Annual returns of the Patna Lunatic Asylum at Bankipore in Bihar and Orissa - 1912-1924
Year: 1912
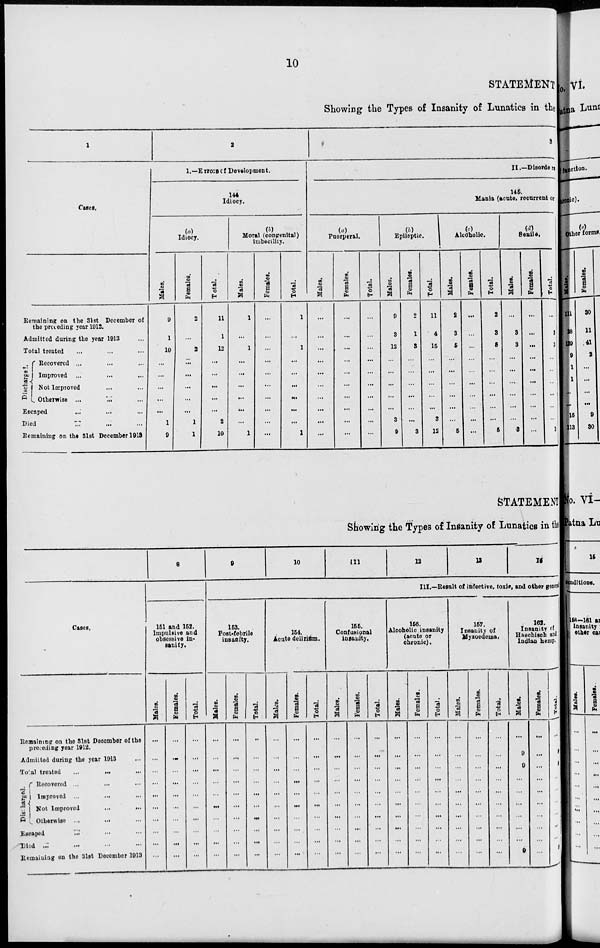
10
STATEMENT
Showing the Types of Insanity of Lunatics in the
1
Cases.
Remaining on the 31st December of
the proceding year 1912.
Admitted during the year 1913
Total treated ... ... ...
Dicharged.
Recovered ... ... ...
Improved ... ... ...
Not Improved ... ... ...
Otherwise ... ... ...
Escaped ... ... ...
Died ... ... ...
Remaining on the 31st December 1913
2
1.—Errors of Development.
144
Idiocy.
(a)
Idiocy.
Males.
9
1
10
...
...
...
...
...
1
9
Females.
2
...
2
...
...
...
...
...
1
1
Total.
11
1
12
...
...
...
...
...
2
10
(b)
Moral (congenital)
Imbecility.
Males.
1
...
1
...
...
...
...
...
...
1
Females.
...
...
...
...
...
...
...
...
...
...
Total.
1
...
1
...
...
...
...
...
...
1
3
II.—Disorder
146.
Mania (acute, recurrent or
(a)
Puerperal.
Males.
...
...
...
...
...
...
...
...
...
...
Females.
...
...
...
...
...
...
...
...
...
...
Total.
...
...
...
...
...
...
...
...
...
...
(b)
Epileptic.
Males.
9
3
12
...
...
...
...
...
3
9
Females.
2
1
3
...
...
...
...
...
...
3
Total.
11
4
15
...
...
...
...
...
3
12
(c)
Alcoholic.
Males.
2
3
5
...
...
...
...
...
...
5
Females.
...
...
...
...
...
...
...
...
...
...
Total.
2
3
5
...
...
...
...
...
...
5
(d)
Senile.
Males.
...
3
3
...
...
...
...
...
...
3
Females.
...
...
...
...
...
...
...
...
...
Total.
...
3
3
...
...
...
...
...
...
3
STATEMENT
Showing the Types of Insanity of Lunatics in t he
Cases.
Remaining on the 31st December of the
proceding year 1912.
Admitted during the year 1943 ...
Totol treated ... ... ...
Discharged.
Recovered ...
Improved ...
Not Improved ...
Otherwise ...
Escaped ... ... ...
Died ... ... ...
Remaining on the 31st December 1913
8
151 and 152.
Impulsive and
obsessive in¬
sanity.
Males.
...
...
...
...
...
...
...
...
...
...
Females.
...
...
...
...
...
...
...
...
...
...
Total.
...
...
...
...
...
...
...
...
...
...
9
10
11
12
13
14
III.—Result of infective, toxic, and other general
153.
Post-febrile
insanity.
Males.
...
...
...
...
...
...
...
...
...
...
Females.
...
...
...
...
...
...
...
...
...
...
Total.
...
...
...
...
...
...
...
...
...
...
154.
Acute delirium.
Males.
...
...
...
...
...
...
...
...
...
...
Females.
...
...
...
...
...
...
...
...
...
...
Total.
...
...
...
...
...
...
...
...
...
...
155.
Confusional
insanity.
Males.
...
...
...
...
...
...
...
...
...
...
Females.
...
...
...
...
...
...
...
...
...
...
Total.
...
...
...
...
...
...
...
...
...
...
156.
Alcoholic insanity
(acute or
chronic).
Males.
...
...
...
...
...
...
...
...
...
...
Females.
...
...
...
...
...
...
...
...
...
...
Total.
...
...
...
...
...
...
...
...
...
...
157.
Insanity of
Myxoedema.
Males.
...
...
...
...
...
...
...
...
...
...
Females.
...
...
...
...
...
...
...
...
...
...
Total.
...
...
...
...
...
...
...
...
...
...
162.
Insanity of
Haschisch and
Indian hemp.
Males.
...
9
9
...
...
...
...
...
...
9
Females.
...
...
...
...
...
...
...
...
...
...
Total.
...
9
9
...
...
...
...
...
...
9